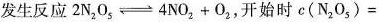
发生反应$$2N_{2}O_{5} \rightleftharpoons 4NO_{2}+O_{2}$$，开始时c(N_{2}O_{5})=